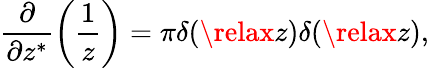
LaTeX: \frac{\partial}{\partial z^{\ast}}\left(\frac{1}{z}\right)=\pi\delta(\relax z)\delta(\relax z),